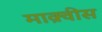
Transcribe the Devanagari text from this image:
माक़्वीस